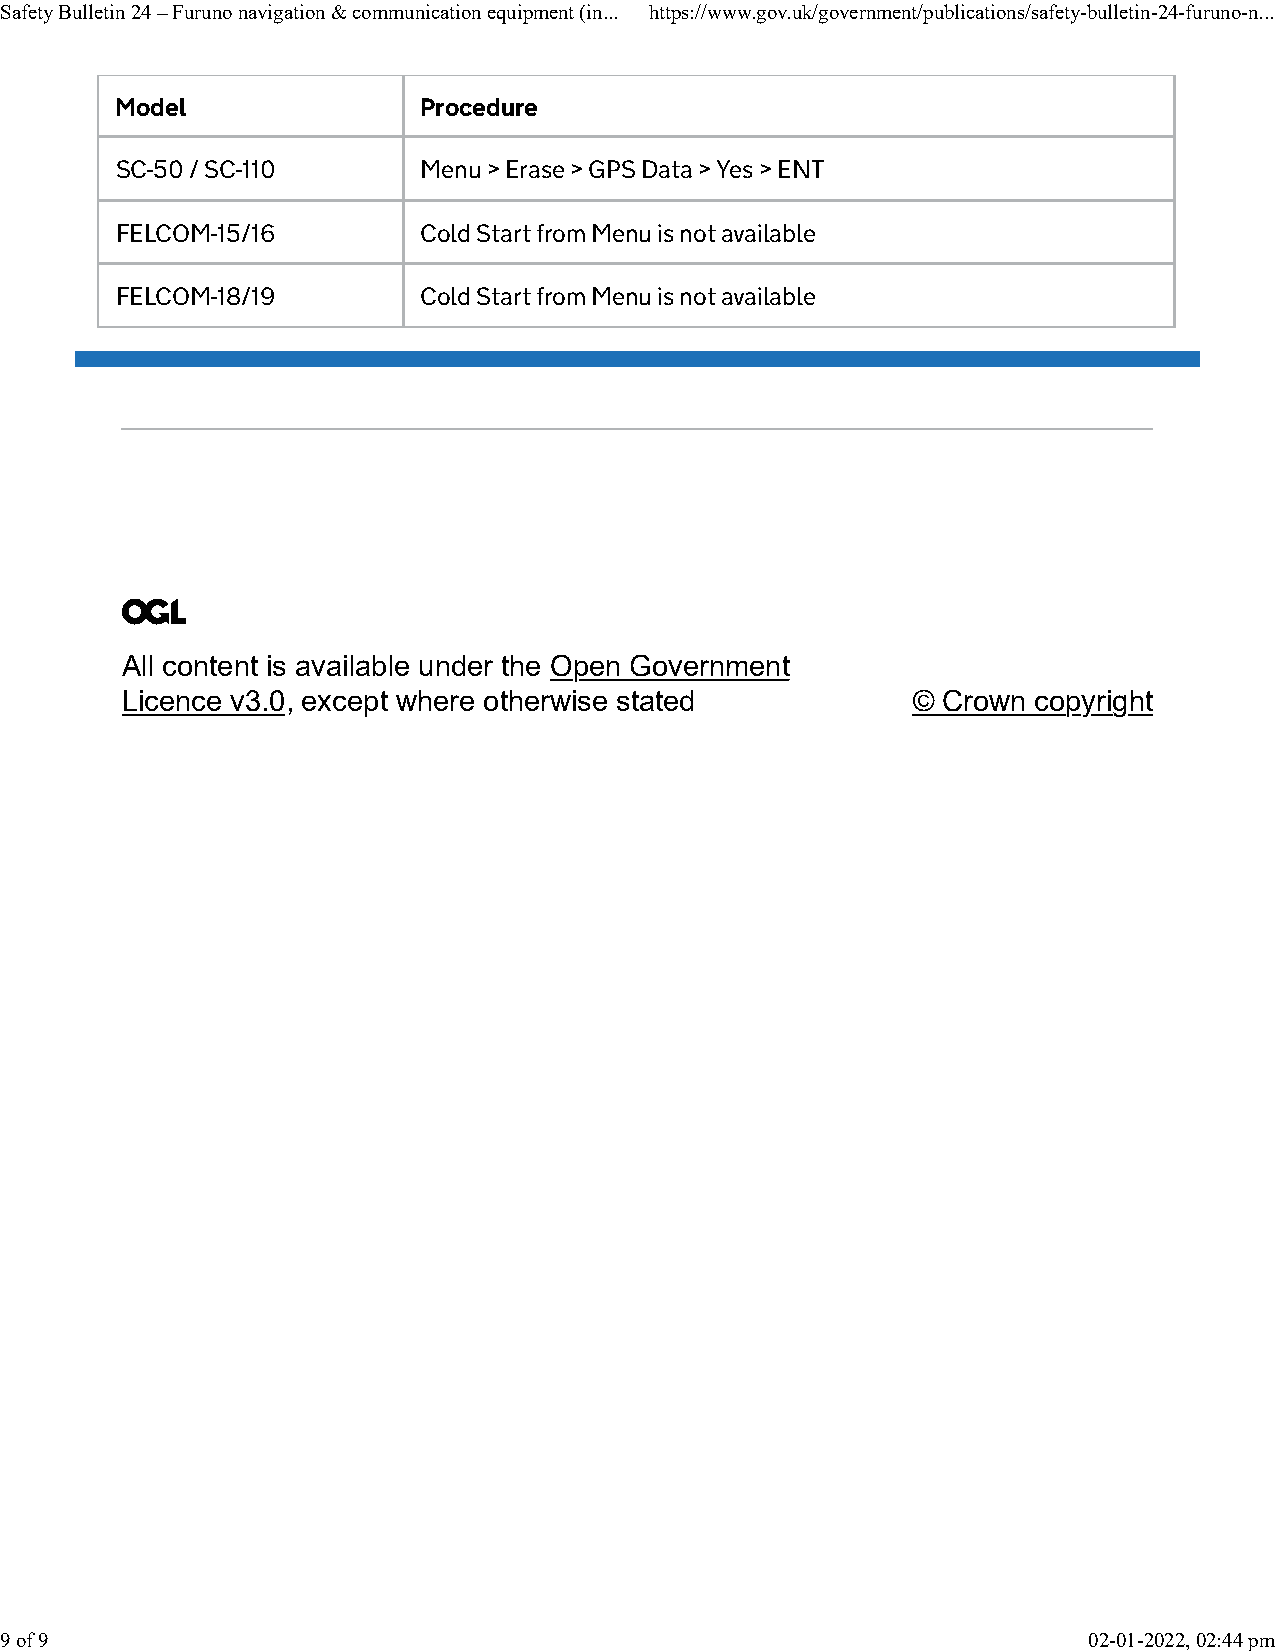
Safety Bulletin 24 – Furuno navigation & communication equipment (in... https://www.gov.uk/government/publications/safety-bulletin-24-furuno-n...
 Model               Procedure
 SC-50 / SC-110      Menu > Erase > GPS Data > Yes > ENT
 FELCOM-15/16        Cold Start from Menu is not available
 FELCOM-18/19        Cold Start from Menu is not available
 All content is available under the Open Government
 Licence v3.0, except where otherwise stated         © Crown  copyright
 9 of 9                                                                  02-01-2022, 02:44 pm